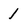
Character: 1